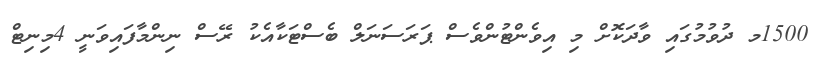
1500މ ދުވުމުގައި ވާދަކޮށް މި އިވެންޓުންވެސް ޕަރަސަނަލް ބެސްޓަކާއެކު ރޭސް ނިންމާފައިވަނީ 4މިނިޓް